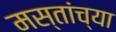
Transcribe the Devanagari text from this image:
मस्तांच्या